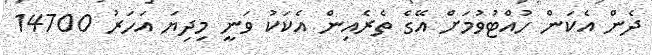
ދެން އެކަން ހުއްޓުވުމަށް އޭގެ ތެރެއިން އެކަކު ވަނީ މިދިޔަ އަހަރު 14700